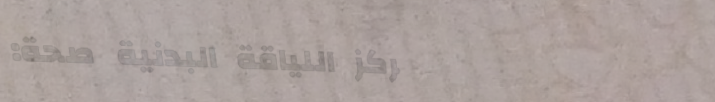
مركز اللياقة البدنية صحة: